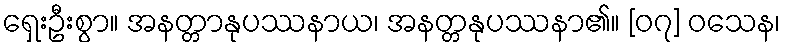
ရှေးဦးစွာ။ အနတ္တာနုပဿနာယ၊ အနတ္တနုပဿနာ၏။ [၀၇] ဝသေန၊